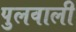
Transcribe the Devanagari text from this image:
पुलवाली